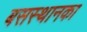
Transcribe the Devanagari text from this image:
बसस्थानका